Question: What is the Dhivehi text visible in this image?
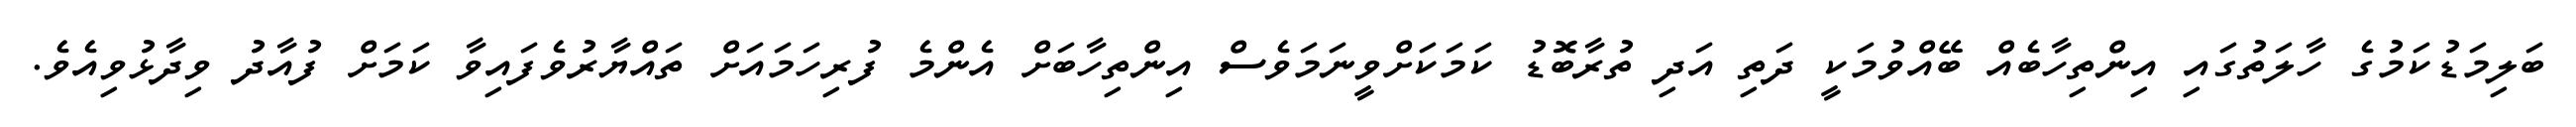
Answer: ބަލިމަޑުކަމުގެ ހާލަތުގައި އިންތިހާބެއް ބޭއްވުމަކީ ދަތި އަދި ތުރާބޮޑު ކަމަކަށްވީނަމަވެސް އިންތިހާބަށް އެންމެ ފުރިހަމައަށް ތައްޔާރުވެފައިވާ ކަމަށް ފުއާދު ވިދާޅުވިއެވެ.